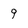
Character: 9